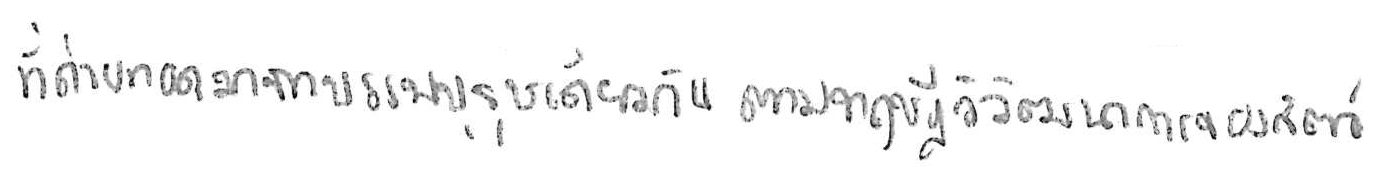
ที่ถ่ายทอดมาจากบรรพบุรุษเดียวกัน ตามทฤษฎีวิวัฒนาการของสัตว์